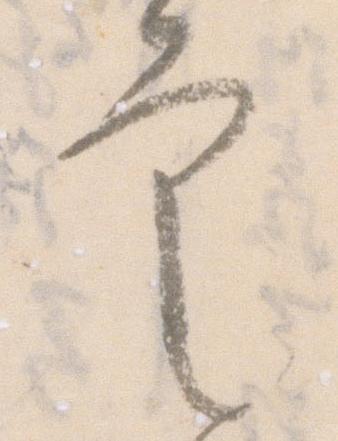
定